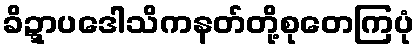
ခိဍ္ဋာပဒေါသိကနတ်တို့စုတေကြပုံ